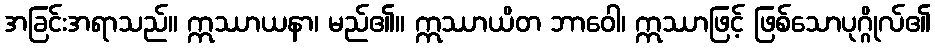
အခြင်းအရာသည်။ ဣဿာယနာ၊ မည်၏။ ဣဿာယိတ ဘာဝေါ၊ ဣဿာဖြင့် ဖြစ်သောပုဂ္ဂိုလ်၏